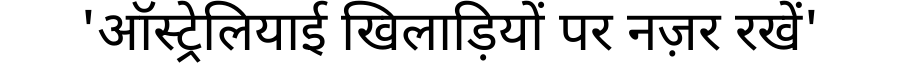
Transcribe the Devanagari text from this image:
'ऑस्ट्रेलियाई खिलाड़ियों पर नज़र रखें'